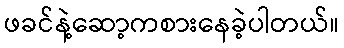
ဖခင်နဲ့ဆော့ကစားနေခဲ့ပါတယ်။